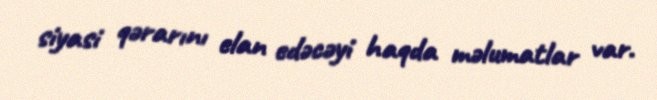
siyasi qərarını elan edəcəyi haqda məlumatlar var.